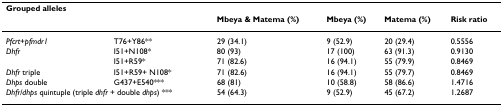
<table><thead><tr><td><b>Grouped alleles</b></td><td>[EMPTY_CELL]</td><td>[EMPTY_CELL]</td><td>[EMPTY_CELL]</td><td>[EMPTY_CELL]</td><td>[EMPTY_CELL]</td></tr><tr><td>[EMPTY_CELL]</td><td>[EMPTY_CELL]</td><td><b>Mbeya &amp; Matema (%)</b></td><td><b>Mbeya (%)</b></td><td><b>Matema (%)</b></td><td><b>Risk ratio</b></td></tr></thead><tbody><tr><td><i>Pfcrt</i>+<i>pfmdr1</i></td><td>T76+Y86**</td><td>29 (34.1)</td><td>9 (52.9)</td><td>20 (29.4)</td><td>0.5556</td></tr><tr><td><i>Dhfr</i></td><td>I51+N108*</td><td>80 (93)</td><td>17 (100)</td><td>63 (91.3)</td><td>0.9130</td></tr><tr><td>[EMPTY_CELL]</td><td>I51+R59*</td><td>71 (82.6)</td><td>16 (94.1)</td><td>55 (79.9)</td><td>0.8469</td></tr><tr><td><i>Dhfr </i>triple</td><td>I51+R59+ N108*</td><td>71 (82.6)</td><td>16 (94.1)</td><td>55 (79.7)</td><td>0.8469</td></tr><tr><td><i>Dhps </i>double</td><td>G437+E540***</td><td>68 (81)</td><td>10 (58.8)</td><td>58 (86.6)</td><td>1.4716</td></tr><tr><td colspan="2"><i>Dhfr/dhps </i>quintuple (triple <i>dhfr </i>+ double <i>dhps</i>) ***</td><td>54 (64.3)</td><td>9 (52.9)</td><td>45 (67.2)</td><td>1.2687</td></tr></tbody></table>